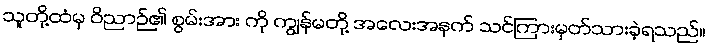
သူတို့ထံမှ ဝိညာဉ်၏ စွမ်းအား ကို ကျွန်မတို့ အလေးအနက် သင်ကြားမှတ်သားခဲ့ရသည်။